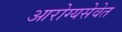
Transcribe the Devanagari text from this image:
आरोग्यसेवेत